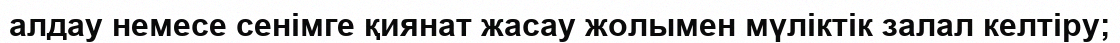
алдау немесе сенімге қиянат жасау жолымен мүліктік залал келтіру;